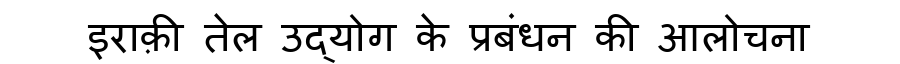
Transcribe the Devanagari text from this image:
इराक़ी तेल उद्योग के प्रबंधन की आलोचना